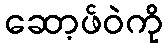
ဆော့ဖ်ဝဲကို